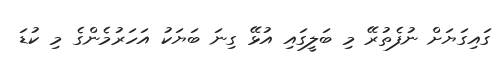
ގައިގަޔަށް ނުފެތުރޭ މި ބަލީގައި އުޅޭ ގިނަ ބަޔަކު އަހަރުމެންގެ މި ކުޑަ